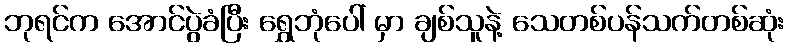
ဘုရင်က အောင်ပွဲခံပြီး ရွှေဘုံပေါ် မှာ ချစ်သူနဲ့ သေတစ်ပန်သက်တစ်ဆုံး